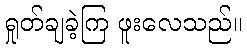
ရှုတ်ချခဲ့ကြ ဖူးလေသည်။